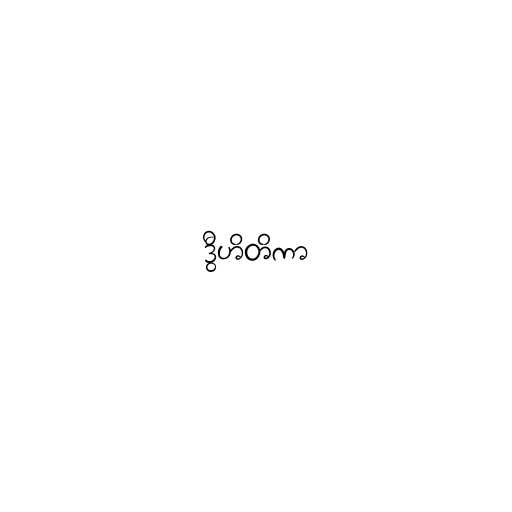
ဒွီဟိတိကာ